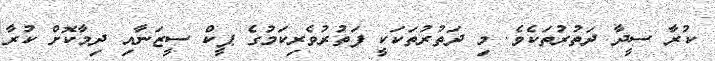
ކުރާ ސީދާ ދަތުރުތަކެވެ. މި ދަތުރުތަކަކީ ފަތުރުވެރިކަމުގެ ޕީކް ސީޒަނާއި ދިމާކޮށް ކުރާ